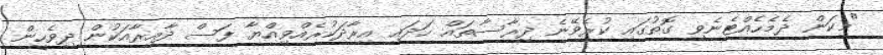
"މިކަން ދެމެހެއްޓެނެވި ގޮތުގައި ކުރެވޭނެ ދިރާސާތައް ހަދައި އިރާދަކުރެއްވިއްޔާ ފަސް ދާއިރާއަކުން ދިވެހީން